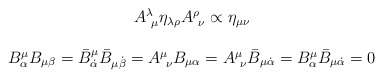
\begin{align*}\begin{array}{c}A^{\lambda}_{~\mu}\eta_{\lambda\rho}A^{\rho}_{~\nu}\propto\eta_{\mu\nu}\\{}\\B^{\mu}_{\alpha}B_{\mu\beta}=\bar{B}^{\mu}_{\dot{\alpha}}\bar{B}_{\mu\dot{\beta}} =A^{\mu}_{~\nu}B_{\mu\alpha}=A^{\mu}_{~\nu}\bar{B}_{\mu\dot{\alpha}}=B^{\mu}_{\alpha}\bar{B}_{\mu\dot{\alpha}}=0\end{array}\end{align*}